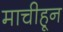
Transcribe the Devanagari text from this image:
माचीहून